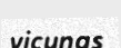
vicunas